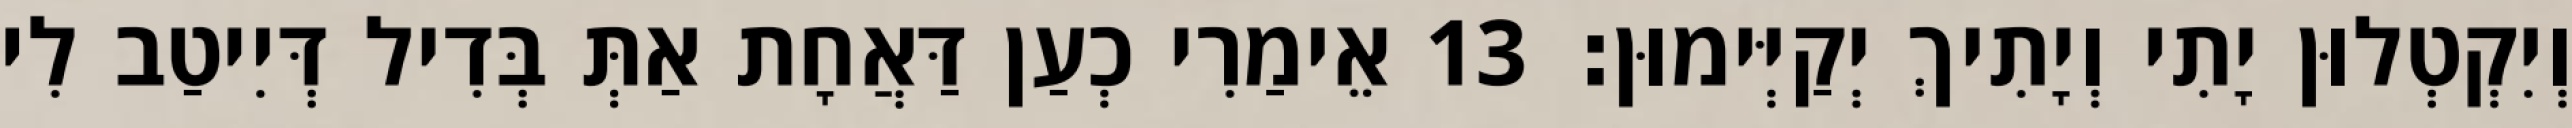
וְיִקְטְלוּן יָתִי וְיָתִיךְ יְקַיְּימוּן׃ 13 אֵימַרִי כְעַן דַּאֲחָת אַתְּ בְּדִיל דְּיִיטַב לִי